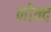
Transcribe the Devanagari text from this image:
नोन्द